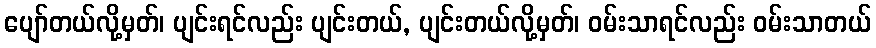
ပျော်တယ်လို့မှတ်၊ ပျင်းရင်လည်း ပျင်းတယ်, ပျင်းတယ်လို့မှတ်၊ ဝမ်းသာရင်လည်း ဝမ်းသာတယ်